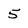
Character: 5